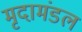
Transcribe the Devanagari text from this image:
मृदामंडल